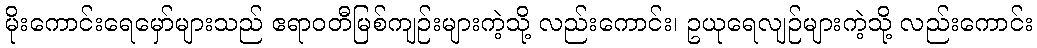
မိုးကောင်းရေမှော်များသည် ဧရာဝတီမြစ်ကျဉ်းများကဲ့သို့ လည်းကောင်း၊ ဥယုရေလျဉ်များကဲ့သို့ လည်းကောင်း